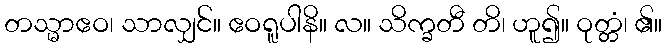
တသ္မာဧဝ၊ သာလျှင်။ ဧဝရူပါနိ။ လ။ သိက္ခတီ တိ၊ ဟူ၍။ ဝုတ္တံ၊ ၏။